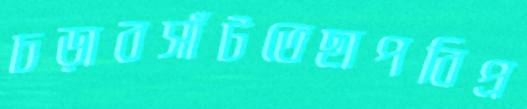
চড়াবসাঁটতেছাপবিপ্র